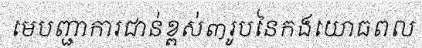
មេបញ្ជាការជាន់ខ្ពស់៣រូបនៃកងយោធពល